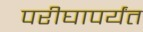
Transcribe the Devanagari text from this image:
परीघापर्यंत